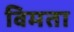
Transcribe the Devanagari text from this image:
विमता